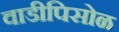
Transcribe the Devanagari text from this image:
वाडीपिसोळ